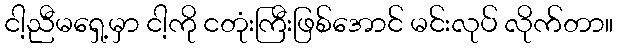
ငါ့ညီမရှေ့မှာ ငါ့ကို ငတုံးကြီးဖြစ်အောင် မင်းလုပ် လိုက်တာ။